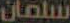
سلمان